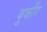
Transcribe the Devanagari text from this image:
बुकींग